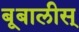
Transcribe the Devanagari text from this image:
बूबालीस्